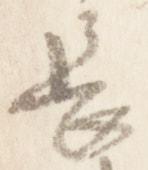
長